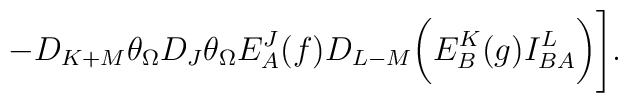
-D_{K+M}\theta_{\Omega} D_J\theta_{\Omega} E^J_A(f)D_{L-M}\biggl(E^K_B(g)I^L_{BA}\biggr) \Biggr] .